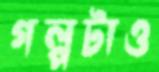
গল্পটাও